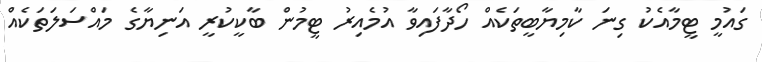
ގައުމީ ޓީމާއެކު ގިނަ ކާމިޔާބީތަކެއް ހޯދާފައިވާ އުމެއިރު ޓީމުން ބާކީކުރީ އަނިޔާގެ މައްސަލަތަކެއް